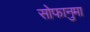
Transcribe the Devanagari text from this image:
सोफानुमा